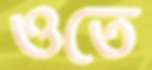
ওতে